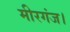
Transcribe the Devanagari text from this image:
मीरगंज।